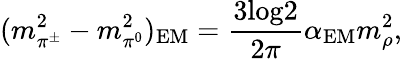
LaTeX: (m_{\pi^{\pm}}^{2}-m_{\pi^{0}}^{2})_{\mathrm{EM}}=\frac{3\mathrm{log}2}{2\pi}\alpha_{\mathrm{EM}}m_{\rho}^{2},